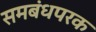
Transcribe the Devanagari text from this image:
समबंधपरक